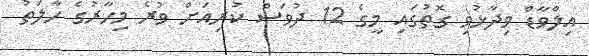
އިލްވާޑް ވިދާޅުވި ގޮތުގައި މީގެ 12 ދުވަސް ކުރިއަށް ވުރެ މިހާރުގެ ހާލަތު